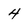
Character: 4